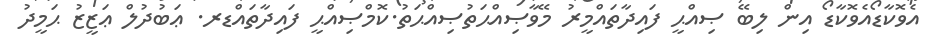
އެވޮކާޑޯއެވޮކާޑޯ އިން ލިބޭ ޞިއްޙީ ފައިދާތައްމީރު މޭވާޞިއްޙަތުޞިއްޙަތު.ކޮމްޞިއްޙީ ފައިދާތައްޑރ. ޢަބުދުލް ޢަޒީޒު ޙަމީދު